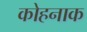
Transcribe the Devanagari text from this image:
कोहनाक